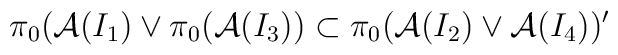
\pi_0({\cal A}(I_1) \vee \pi_0 ({\cal A}(I_3)) \subset \pi_0 ({\cal A} (I_2)\vee{\cal A}(I_4))'